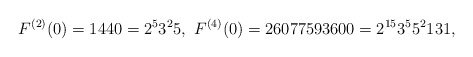
\begin{align*}F^{(2)}(0)=1440=2^{5}3^{2}5,\ F^{(4)}(0)=26077593600=2^{15}3^{5}5^{2}131,\end{align*}